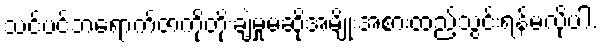
သင်ပင်ဘရောက်ဇာကိုတိုးချဲ့မှုမဆိုအမျိုးအစားထည့်သွင်းရန်မလိုပါ.